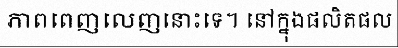
ភាពពេញលេញនោះទេ។ នៅក្នុងផលិតផល